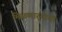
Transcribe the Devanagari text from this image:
मिळणार्‍याया